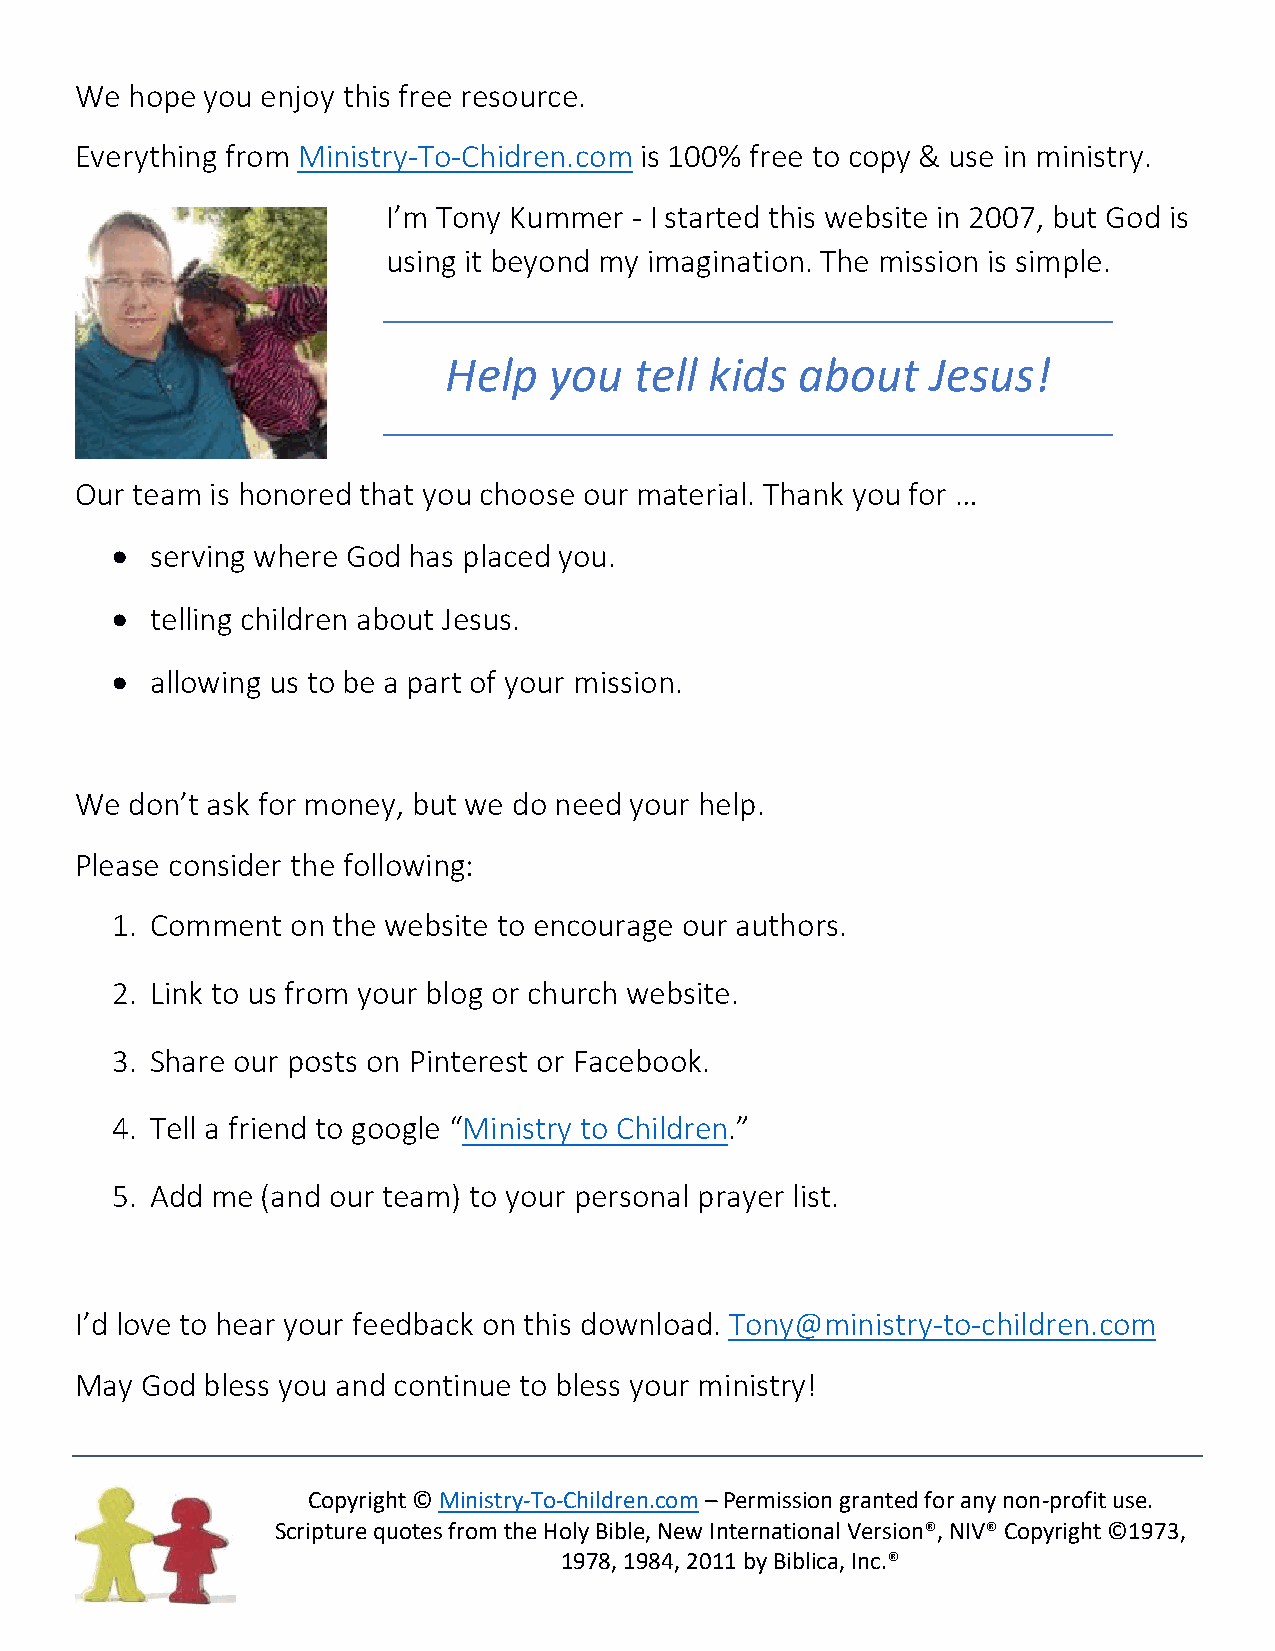
We hope  you enjoy this free resource.
 Everything from Ministry-To-Chidren.com is 100% free to copy & use in ministry.
 I’m Tony Kummer - I started this website in 2007, but God is
 using it beyond my imagination. The mission is simple.
 Help   you   tell kids  about    Jesus!
 Our team is honored that you choose our material. Thank you for …
 •  serving where God has placed you.
 •  telling children about Jesus.
 •  allowing us to be a part of your mission.
 We don’t ask for money, but we do need your help.
 Please consider the following:
 1. Comment  on the website to encourage our authors.
 2. Link to us from your blog or church website.
 3. Share our posts on Pinterest or Facebook.
 4. Tell a friend to google “Ministry to Children.”
 5. Add me (and our team) to your personal prayer list.
 I’d love to hear your feedback on this download. Tony@ministry-to-children.com
 May God  bless you and continue to bless your ministry!
 Copyright © Ministry-To-Children.com – Permission granted for any non-profit use.
 Scripture quotes from the Holy Bible, New International Version®, NIV® Copyright ©1973,
 1978, 1984, 2011 by Biblica, Inc.®